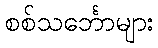
စစ်သင်္ဘောများ